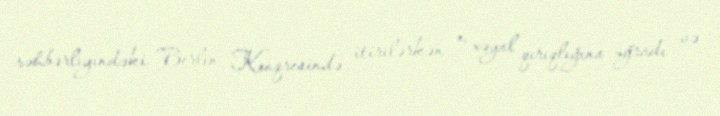
rəhbərliyindəki Berlin Konqresində itirilərkən o, xəyal qırıqlığına uğradı və